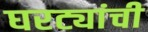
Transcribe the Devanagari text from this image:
घरट्यांची